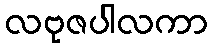
လဗုဇပါလကာ